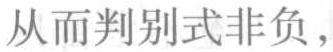
从而判别式非负，